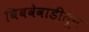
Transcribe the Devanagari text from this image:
बिबवेवाडीतून